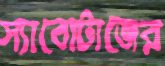
স্যাবোটাজের